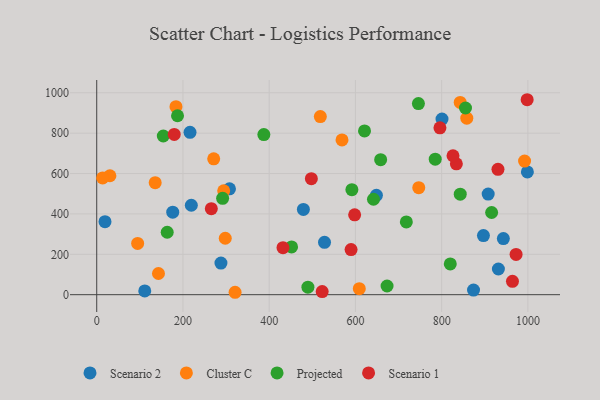
{"axis": {"x": "Study Hours", "y": "Demand"}, "legend": ["Cluster C", "Projected", "Scenario 1", "Scenario 2"], "data": [{"x": "528.3", "y": 259.5, "type": "Scenario 2"}, {"x": "288.1", "y": 156.5, "type": "Scenario 2"}, {"x": "219.4", "y": 443.0, "type": "Scenario 2"}, {"x": "216.4", "y": 803.9, "type": "Scenario 2"}, {"x": "800.8", "y": 870.0, "type": "Scenario 2"}, {"x": "479.3", "y": 422.3, "type": "Scenario 2"}, {"x": "943.1", "y": 277.8, "type": "Scenario 2"}, {"x": "111.4", "y": 18.7, "type": "Scenario 2"}, {"x": "176.3", "y": 408.5, "type": "Scenario 2"}, {"x": "998.8", "y": 607.9, "type": "Scenario 2"}, {"x": "873.9", "y": 22.8, "type": "Scenario 2"}, {"x": "307.9", "y": 524.5, "type": "Scenario 2"}, {"x": "19.2", "y": 361.4, "type": "Scenario 2"}, {"x": "648.7", "y": 492.0, "type": "Scenario 2"}, {"x": "907.9", "y": 498.5, "type": "Scenario 2"}, {"x": "896.9", "y": 292.9, "type": "Scenario 2"}, {"x": "931.6", "y": 127.3, "type": "Scenario 2"}, {"x": "992.3", "y": 661.7, "type": "Cluster C"}, {"x": "568.9", "y": 766.6, "type": "Cluster C"}, {"x": "143.2", "y": 105.0, "type": "Cluster C"}, {"x": "609.0", "y": 29.6, "type": "Cluster C"}, {"x": "843.0", "y": 952.3, "type": "Cluster C"}, {"x": "518.6", "y": 882.3, "type": "Cluster C"}, {"x": "294.5", "y": 514.2, "type": "Cluster C"}, {"x": "183.8", "y": 931.3, "type": "Cluster C"}, {"x": "271.3", "y": 673.1, "type": "Cluster C"}, {"x": "135.6", "y": 554.9, "type": "Cluster C"}, {"x": "94.9", "y": 253.7, "type": "Cluster C"}, {"x": "746.9", "y": 529.9, "type": "Cluster C"}, {"x": "30.6", "y": 589.0, "type": "Cluster C"}, {"x": "320.9", "y": 11.9, "type": "Cluster C"}, {"x": "858.3", "y": 874.0, "type": "Cluster C"}, {"x": "298.1", "y": 279.5, "type": "Cluster C"}, {"x": "13.7", "y": 578.3, "type": "Cluster C"}, {"x": "591.8", "y": 520.3, "type": "Projected"}, {"x": "163.5", "y": 309.3, "type": "Projected"}, {"x": "820.0", "y": 152.2, "type": "Projected"}, {"x": "843.1", "y": 497.7, "type": "Projected"}, {"x": "718.1", "y": 360.1, "type": "Projected"}, {"x": "187.4", "y": 886.2, "type": "Projected"}, {"x": "451.9", "y": 236.7, "type": "Projected"}, {"x": "658.5", "y": 668.9, "type": "Projected"}, {"x": "154.4", "y": 786.0, "type": "Projected"}, {"x": "915.9", "y": 407.1, "type": "Projected"}, {"x": "673.4", "y": 42.9, "type": "Projected"}, {"x": "292.0", "y": 477.0, "type": "Projected"}, {"x": "641.9", "y": 472.7, "type": "Projected"}, {"x": "387.6", "y": 792.9, "type": "Projected"}, {"x": "621.1", "y": 810.9, "type": "Projected"}, {"x": "785.1", "y": 671.2, "type": "Projected"}, {"x": "746.1", "y": 946.3, "type": "Projected"}, {"x": "489.8", "y": 37.4, "type": "Projected"}, {"x": "855.3", "y": 924.7, "type": "Projected"}, {"x": "265.8", "y": 426.2, "type": "Scenario 1"}, {"x": "998.3", "y": 965.6, "type": "Scenario 1"}, {"x": "930.6", "y": 621.1, "type": "Scenario 1"}, {"x": "796.0", "y": 826.4, "type": "Scenario 1"}, {"x": "972.6", "y": 199.2, "type": "Scenario 1"}, {"x": "834.1", "y": 648.2, "type": "Scenario 1"}, {"x": "432.0", "y": 232.9, "type": "Scenario 1"}, {"x": "964.2", "y": 66.3, "type": "Scenario 1"}, {"x": "179.8", "y": 793.9, "type": "Scenario 1"}, {"x": "522.9", "y": 15.5, "type": "Scenario 1"}, {"x": "589.9", "y": 223.4, "type": "Scenario 1"}, {"x": "826.3", "y": 688.0, "type": "Scenario 1"}, {"x": "598.2", "y": 395.4, "type": "Scenario 1"}, {"x": "497.8", "y": 574.7, "type": "Scenario 1"}]}